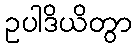
ဥပါဒိယိတွာ